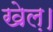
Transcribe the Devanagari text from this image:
खेल़।